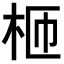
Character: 𣐝